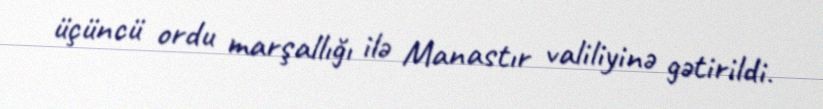
üçüncü ordu marşallığı ilə Manastır valiliyinə gətirildi.